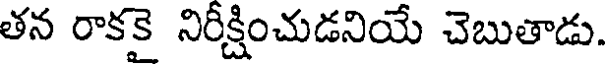
తన రాకకై నిరీక్షించుడనియే చెబుతాడు.